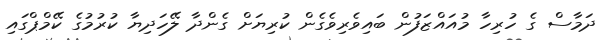
ދަމާސް ގެ ހުރިހާ މުއައްޒަފުން ބައިވެރިވެގެން ކުރިޔަށް ގެންދާ ލޭހަދިޔާ ކުރުމުގެ ކޭމްޕްގައި